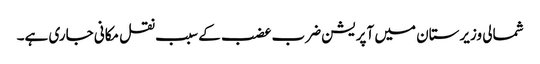
شمالی وزیرستان میں آپریشن ضرب عضب کے سبب نقل مکانی جاری ہے۔